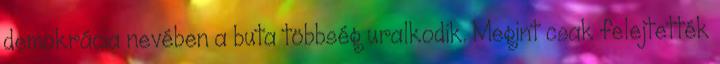
demokrácia nevében a buta többség uralkodik. Megint csak felejtették